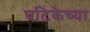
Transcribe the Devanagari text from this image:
घटिकेच्या